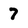
Character: 7